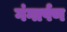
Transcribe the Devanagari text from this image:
गंगार्पण